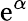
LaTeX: \mathrm{e}^{\alpha}